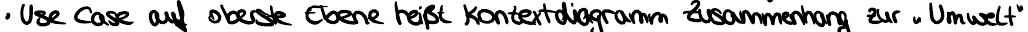
Use Case auf oberste Ebene heißt Kontextdiagramm Zusammenhang zur "Umwelt"